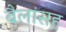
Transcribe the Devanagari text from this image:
बैलांसह